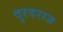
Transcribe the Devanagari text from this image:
दुरदराज